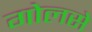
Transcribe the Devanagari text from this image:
गोलसे